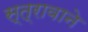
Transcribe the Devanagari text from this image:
स्त्रावाने